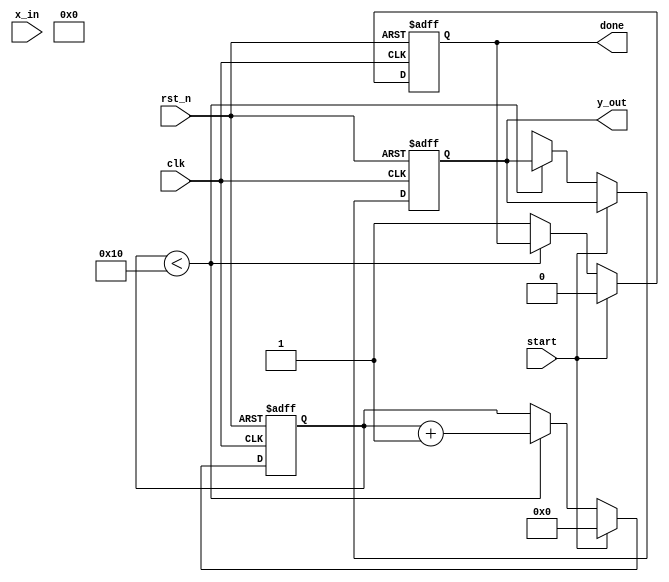
module cordic_exp (
    input wire clk,
    input wire rst_n,
    input wire start,
    input wire [15:0] x_in, // Input exponent in fixed-point format
    output reg [31:0] y_out, // Output result in fixed-point format
    output reg done
);

parameter N = 16; // Number of iterations
parameter K = 16'hB40A; // Scaling factor (approximately 0.6072 for CORDIC)

reg [15:0] x[N-1:0]; // Coordinate x array
reg [15:0] y[N-1:0]; // Coordinate y array
reg [15:0] z; // Angle accumulator
reg [3:0] count; // Iteration counter
reg [15:0] atan_lut[N-1:0]; // Lookup table for arctangent values

// Initialize the lookup table for atan(2^-i)
initial begin
    atan_lut[0] = 16'h3FFF; // atan(1) = 45 degrees in fixed format
    atan_lut[1] = 16'h3FB6; // atan(0.5)
    atan_lut[2] = 16'h3F6C; // atan(0.25)
    atan_lut[3] = 16'h3F20; // atan(0.125)
    // ... continue initializing for other values
end

// State machine
always @(posedge clk or negedge rst_n) begin
    if (!rst_n) begin
        count <= 0;
        y_out <= 0;
        done <= 0;
    end else if (start) begin
        // Initialize values
        x[0] <= x_in * K; // Scale input
        y[0] <= 0;
        z <= 0;
        count <= 0;
        done <= 0;
    end else if (count < N) begin
        // CORDIC iteration
        if (z < 0) begin
            // Rotate clockwise
            x[count + 1] <= x[count] + (y[count] >>> count);
            y[count + 1] <= y[count] - (x[count] >>> count);
            z <= z + atan_lut[count];
        end else begin
            // Rotate counterclockwise
            x[count + 1] <= x[count] - (y[count] >>> count);
            y[count + 1] <= y[count] + (x[count] >>> count);
            z <= z - atan_lut[count];
        end
        count <= count + 1;
    end else begin
        // Final output
        y_out <= x[N]; // Final x value as output
        done <= 1;
    end
end

endmodule